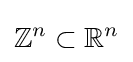
\mathbb {Z} ^{n}\subset \mathbb {R} ^{n}